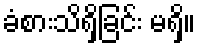
ခံစားသိရှိခြင်း မရှိ။